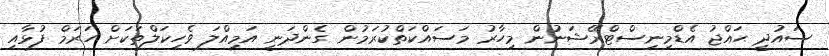
ސައުދީ ޙައްޖު އެޑްމިނިސްޓްރޭޝަނުން މިހާރު މަސައްކަތްކުރަމުން ގެންދަނީ އަމިއްލަ ވެހިކަލްތަކަށް ހަރަމް ފުޅާއި